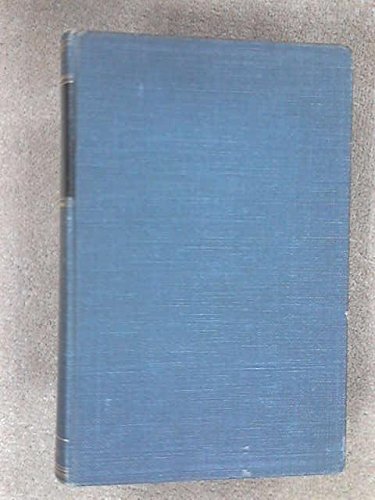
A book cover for The Science of Dental Materials, Second Edition, Revised; PH.D. Eugene W. Skinner; Medical Books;